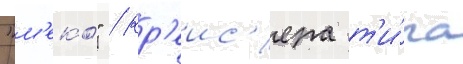
"м'еко" / кр'еис'ера т'и́па